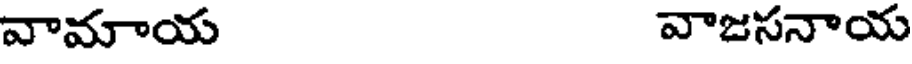
వామాయ వాజసనాయ